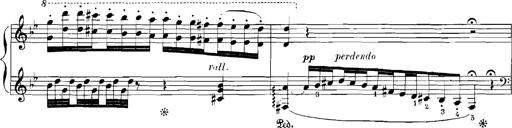
Title: Rhapsodies hongroises
Composer: Franz Liszt